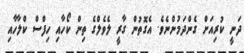
ދަނީ ކުރިއަށް ގެންދަމުންނެވެ. އެގޮތުން ގާރީ ލެވެލްގެ ތިން ކޯހާއި ހިފްސް ކްލާހާއި